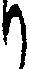
り